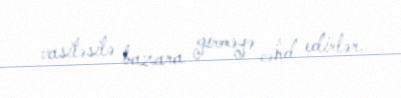
vasitəsilə bazara girməyə cəhd edirlər.